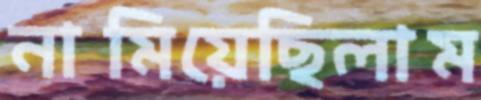
নামিয়েছিলাম